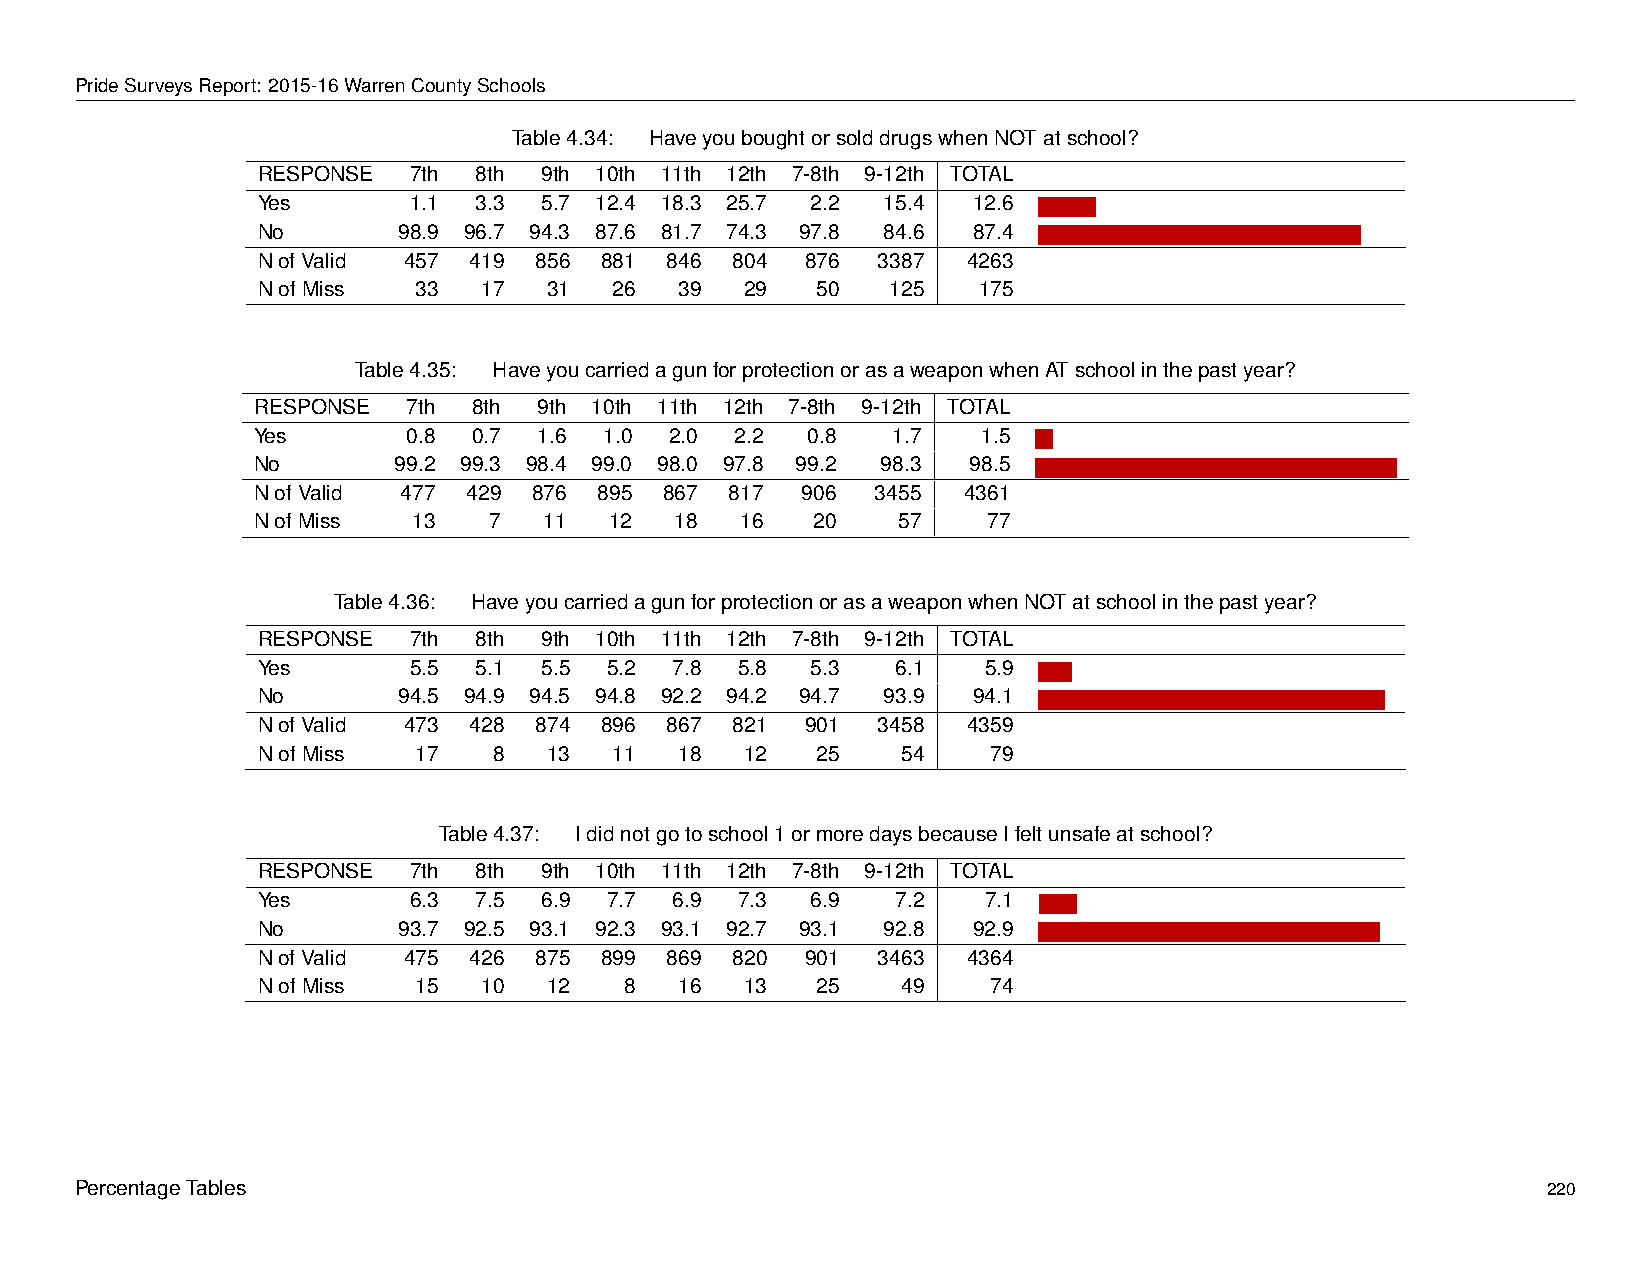
PrideSurveysReport: 2015-16WarrenCountySchools
 Table4.34: HaveyouboughtorsolddrugswhenNOTatschool?
 RESPONSE  7th  8th 9th 10th 11th 12th 7-8th 9-12th TOTAL
 Yes       1.1  3.3 5.7 12.4 18.3 25.7 2.2 15.4 12.6 -
 No       98.9 96.7 94.3 87.6 81.7 74.3 97.8 84.6 87.4 -
 NofValid  457 419 856  881 846 804  876  3387  4263
 NofMiss    33  17  31   26  39  29   50   125   175
 Table4.35: HaveyoucarriedagunforprotectionorasaweaponwhenATschoolinthepastyear?
 RESPONSE  7th 8th  9th 10th 11th 12th 7-8th 9-12th TOTAL
 Yes       0.8 0.7  1.6 1.0 2.0  2.2 0.8   1.7   1.5 -
 No       99.2 99.3 98.4 99.0 98.0 97.8 99.2 98.3 98.5 -
 NofValid  477 429 876  895 867 817  906  3455  4361
 NofMiss   13   7   11  12   18  16   20   57    77
 Table4.36: HaveyoucarriedagunforprotectionorasaweaponwhenNOTatschoolinthepastyear?
 RESPONSE  7th  8th 9th 10th 11th 12th 7-8th 9-12th TOTAL
 Yes       5.5  5.1 5.5 5.2  7.8 5.8  5.3  6.1   5.9 -
 No       94.5 94.9 94.5 94.8 92.2 94.2 94.7 93.9 94.1 -
 NofValid  473 428 874  896 867 821  901  3458  4359
 NofMiss    17   8  13   11  18  12   25    54    79
 Table4.37: Ididnotgotoschool1ormoredaysbecauseIfeltunsafeatschool?
 RESPONSE  7th  8th 9th 10th 11th 12th 7-8th 9-12th TOTAL
 Yes       6.3  7.5 6.9 7.7  6.9 7.3  6.9  7.2   7.1 -
 No       93.7 92.5 93.1 92.3 93.1 92.7 93.1 92.8 92.9 -
 NofValid  475 426 875  899 869 820  901  3463  4364
 NofMiss    15  10  12   8   16  13   25    49    74
 PercentageTables                                                                                 220